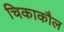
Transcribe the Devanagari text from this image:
चिकाकौल